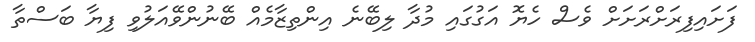
ފަށައިފިރަށްރަށަށް ވެސް ހެޔޮ އަގުގައި މުދާ ލިބޭނެ އިންތިޒާމެއް ބޭނުންވޭއަލުވި ފިޔާ ބަސްތާ